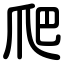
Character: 爬